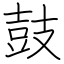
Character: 鼓